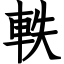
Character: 軼